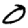
Digit: 0